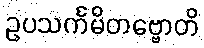
ဥပသင်္ကမိတဗ္ဗောတိ